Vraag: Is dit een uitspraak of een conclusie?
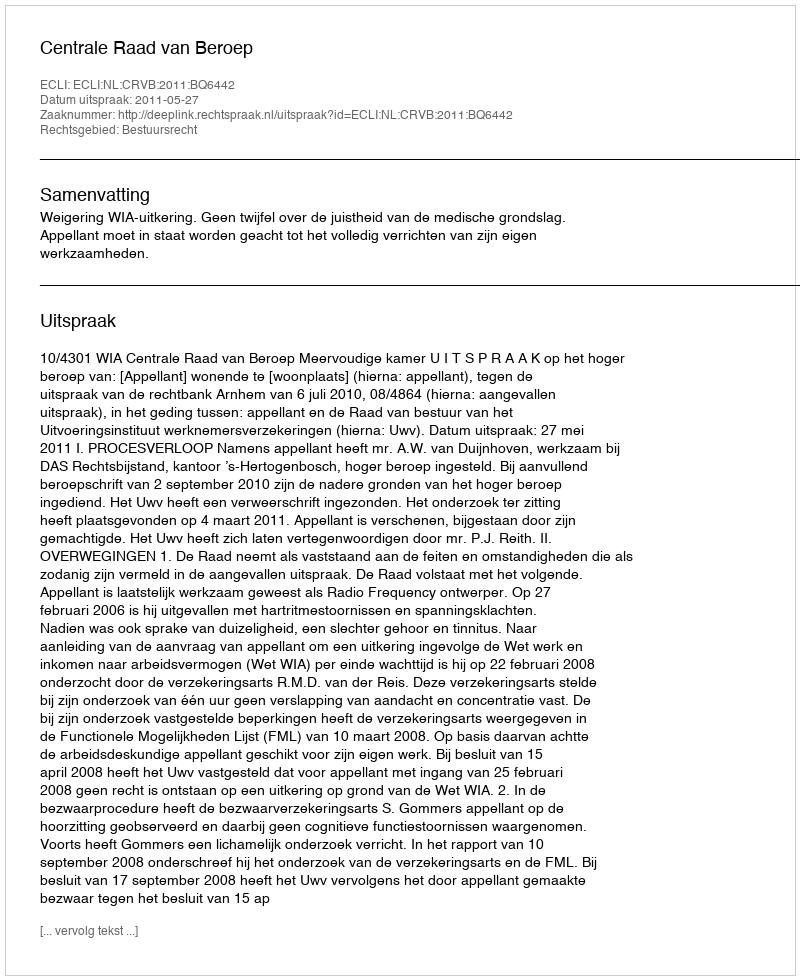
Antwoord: Uitspraak